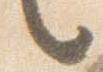
言